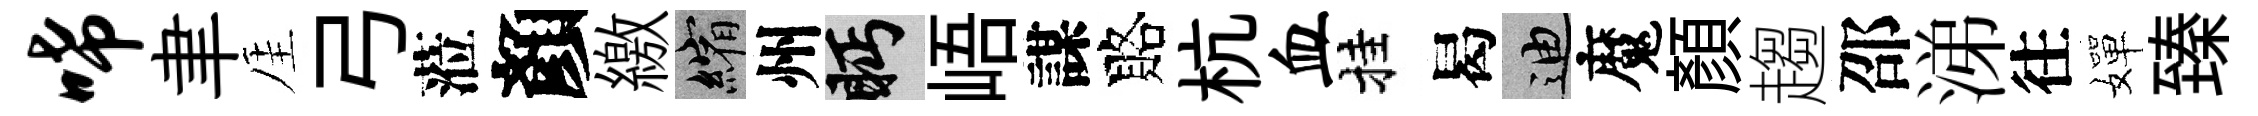
唏聿厓弓蒞顏繳縮州眄峿謀賂杭血挂曷迪魔顏趨邵涕往嬋臻